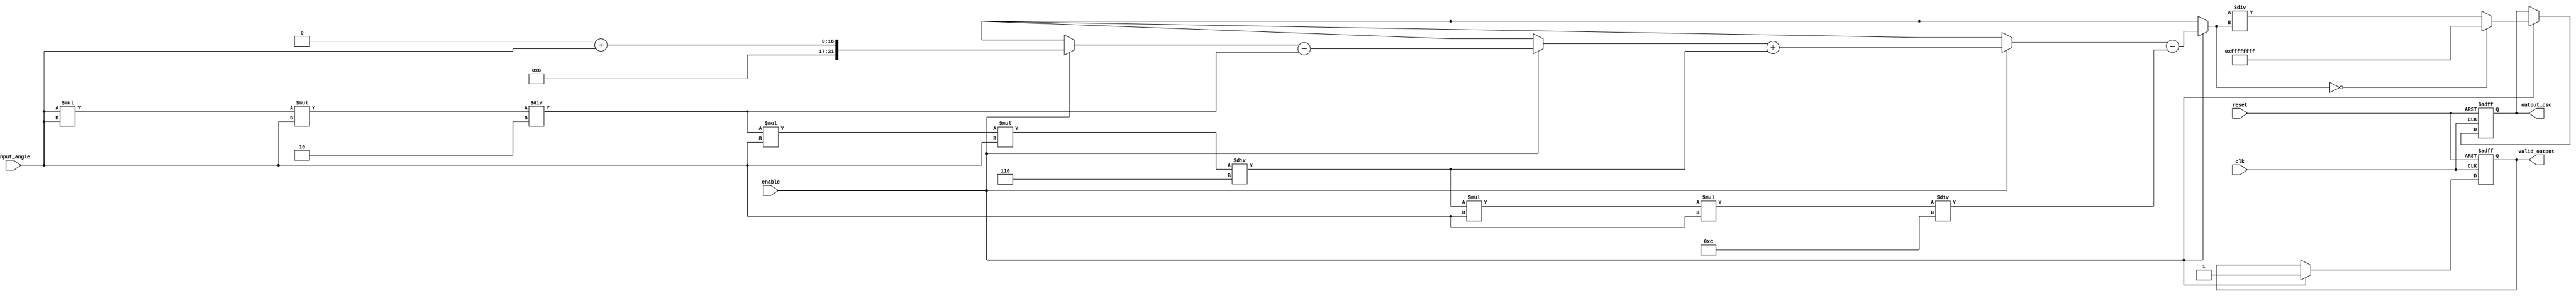
module csc_arithmetic_block (
    input wire clk,
    input wire reset,
    input wire enable,
    input wire [15:0] input_angle,  // Fixed-point representation of the angle (in radians)
    output reg [31:0] output_csc,    // Fixed-point representation of the cosecant value
    output reg valid_output           // Output valid flag
);

    reg [31:0] sine_value;
    reg sine_zero; // Flag to indicate sine value is zero

    // Function to compute sine using Taylor series (up to 5 terms for example)
    function [31:0] compute_sine;
        input [15:0] angle;
        reg [31:0] term;
        reg [31:0] sine;
        integer i;
        begin
            sine = 0;
            term = angle; // First term is the angle itself
            for (i = 1; i < 5; i = i + 1) begin // 5 terms
                if (i % 2 == 1) begin // Odd terms are positive
                    sine = sine + term;
                end else begin // Even terms are negative
                    sine = sine - term;
                end
                term = (term * angle * angle) / (i * i + i); // Calculate the next term
            end
            compute_sine = sine;
        end
    endfunction

    always @(posedge clk or posedge reset) begin
        if (reset) begin
            output_csc <= 32'b0;
            valid_output <= 1'b0;
        end else if (enable) begin
            sine_value = compute_sine(input_angle);
            if (sine_value == 0) begin
                sine_zero = 1'b1; // Handle division by zero
                output_csc <= 32'hFFFFFFFF; // Example: Output infinity or error signal
            end else begin
                sine_zero = 1'b0;
                output_csc <= (32'h100000000 / sine_value); // Calculate cosecant (1/sine)
            end
            valid_output <= 1'b1;
        end
    end

endmodule